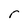
Character: r